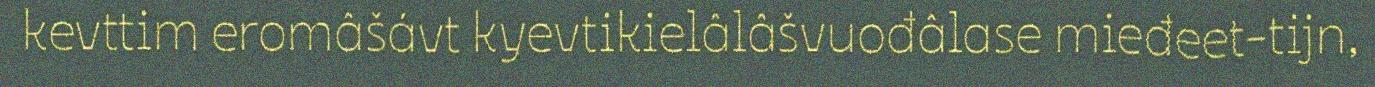
kevttim eromâšávt kyevtikielâlâšvuođâlase mieđeet-tijn,